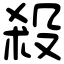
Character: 殺